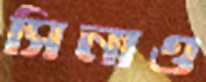
সিনাও